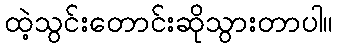
ထဲ့သွင်းတောင်းဆိုသွားတာပါ။